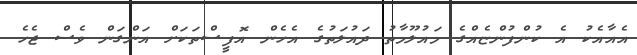
އެއާއެކު އެ ކުންފުންޏެއްގެ މައުލޫމާތު ދައުލަތުގެ އެހެން އޮފީސްތަކަށް އަންގަން ވެސް ޖެހެ